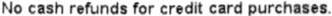
NO CASH REFUNDS FOR CREDIT CARD PURCHASES.